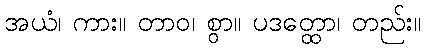
အယံ၊ ကား။ တာဝ၊ စွာ။ ပဒတ္ထော၊ တည်း။